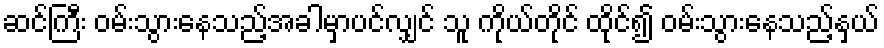
ဆင်ကြီး ဝမ်းသွားနေသည့်အခါမှာပင်လျှင် သူ ကိုယ်တိုင် ထိုင်၍ ဝမ်းသွားနေသည့်နှယ်